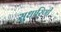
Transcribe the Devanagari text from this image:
सुधारिणी